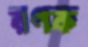
রণক